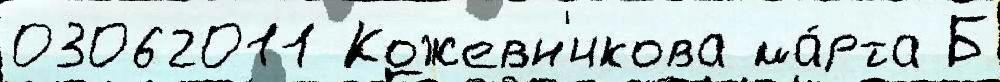
03062011 Кожевн'икова ма́рта Б